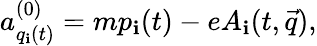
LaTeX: a_{q_{\mathbf{i}}(t)}^{(0)}=mp_{\mathbf{i}}(t)-eA_{\mathbf{i}}(t,\vec{{q}}),